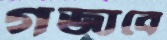
গজাবে